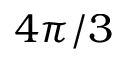
4 \pi / 3